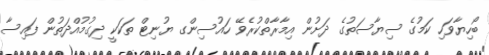
ބޯހިޔާވަހި ކަމުގެ ސިޔާސަތުގެ ދަށުން އިމާރާތްކުރެވޭ ހައުސިންގ ޔުނިޓް ތަކަކީ ދިގުމުއްދަތުން ފައިސާ